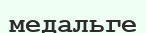
медальге